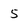
Character: 5